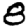
Digit: 8